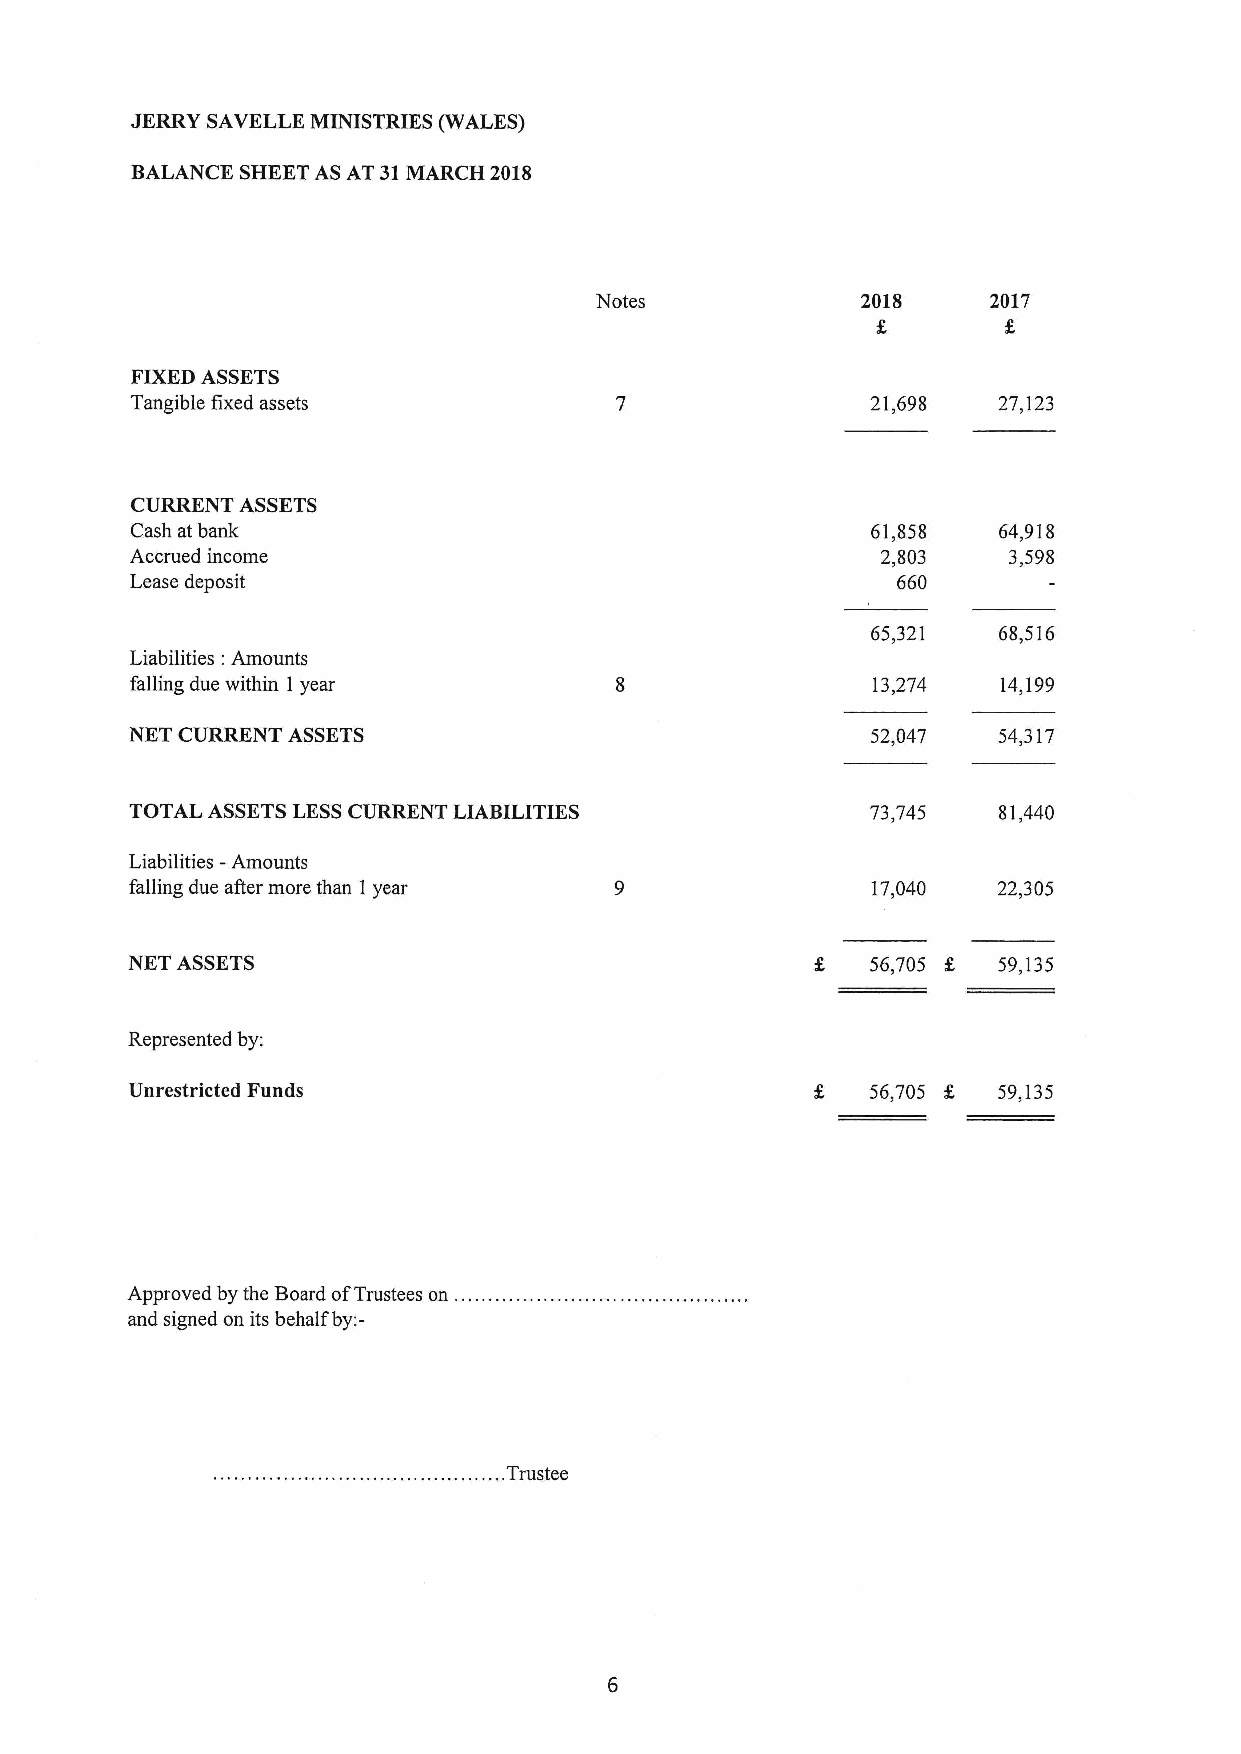
JERRY SAVELLE MINISTRIES (WALES)
 BALANCE SHEETAS AT 31MARCH 2018
 Notes             2018     2017
 FIXEDASSETS
 Tangible fixed assets                            21,698  27,123
 CURRENT ASSETS
 Cash at bank                                     61,858  64,918
 Accrued income                                   2„803    3,598
 Lease deposit                                     660
 65,321  68,516
 Liabilities: Amounts
 falling due within 1 year                        13,274  14,199
 NET CURRENT ASSETS                               52,047  54,317
 TOTAL ASSETSLESSCURRENT LIABILITIES              73,745  81,440
 Liabilities - Amounts
 falling due after more than 1year                17,040  22,305
 NET ASSETS                                       56,705 K 59,135
 Represented by;
 Unrestricted Funds                                56,705 K 59,135
 Approved by the Board ofTrustees on
 and signed on its behalf by:-
 ,.Trustee